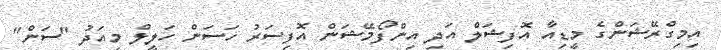
އިމިގްރޭޝަންގެ މީޑިއާ އޮފިޝަލް އަދި އިންފޯމޭޝަން އޮފިސަރު ހަސަން ހަލީލް މިއަދު "ސަން"